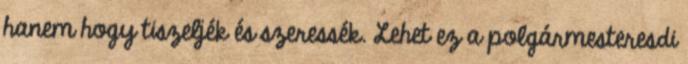
hanem hogy tiszeljék és szeressék. Lehet ez a polgármesteresdi